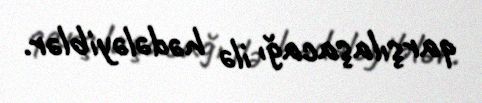
qarşılaşacağı ilə hədələyiblər.